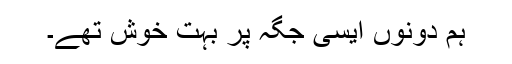
ہم دونوں ایسی جگہ پر بہت خوش تھے۔